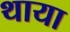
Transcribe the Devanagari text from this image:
थाया